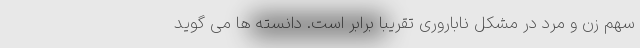
سهم زن و مرد در مشکل ناباروری تقریبا برابر است. دانسته ها می گوید